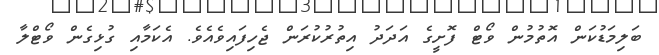
ބަލިމަޑުކަން އޮތުމުން ވޯޓް ފޮށީގެ އަދަދު އިތުރުކުރަން ޖެހިފައިވެއެވެ. އެކަމާއި ގުޅިގެން ވޯޓްލާ